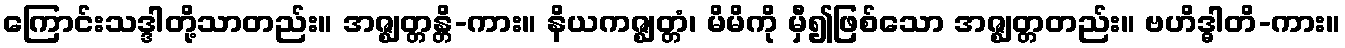
ကြောင်းသဒ္ဒါတို့သာတည်း။ အဇ္ဈတ္တန္တိ-ကား။ နိယကဇ္ဈတ္တံ၊ မိမိကို မှီ၍ဖြစ်သော အဇ္ဈတ္တတည်း။ ဗဟိဒ္ဓါတိ-ကား။